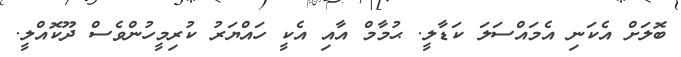
ބޮލަށް އެކަނި އެމައްސަލަ ކަޑާލީ. ޙުމާމް އާއި އެކީ ހައްޔަރު ކުރިމީހުންވެސް ދޫކޮއްލީ.